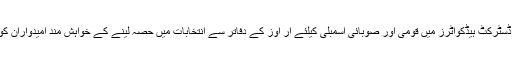
تفصیلات کے مطابق بلوچستان کے دارالحکومت کوئٹہ سمیت تمام ڈسٹرکٹ ہیڈکواٹرز میں قومی اور صوبائی اسمبلی کیلئے آر اوز کے دفاتر سے انتخابات میں حصہ لینے کے خواہش مند امیدواران کو کاغذات نامزدگی کے اجراء اور جمع کرنے کا سلسلہ جاری ہے ۔